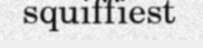
squiffiest